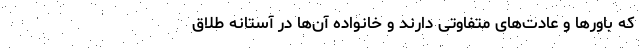
که باور‌ها و عادت‌های متفاوتی دارند و خانواده آن‌ها در آستانه طلاق